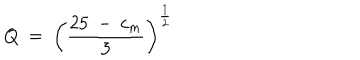
Q ~ = ~ \left( { \frac { 2 5 ~ - ~ c _ { m } } { 3 } } \right) ^ { \frac 1 2 }